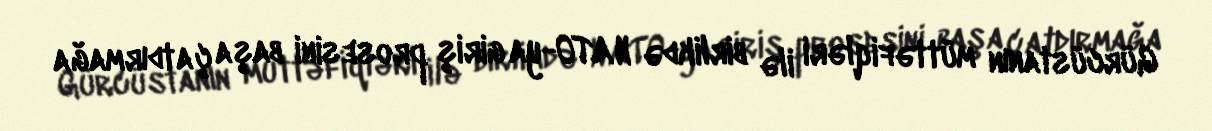
Gürcüstanın müttəfiqləri ilə birlikdə NATO-ya giriş prosesini başa çatdırmağa